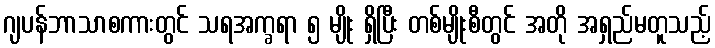
ဂျပန်ဘာသာစကားတွင် သရအက္ခရာ ၅ မျိုး ရှိပြီး တစ်မျိုးစီတွင် အတို အရှည်မတူသည့်